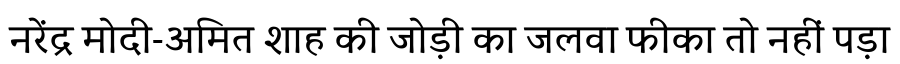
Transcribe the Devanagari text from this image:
नरेंद्र मोदी-अमित शाह की जोड़ी का जलवा फीका तो नहीं पड़ा